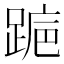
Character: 𬦺